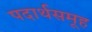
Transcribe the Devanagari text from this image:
पदार्थसमूह